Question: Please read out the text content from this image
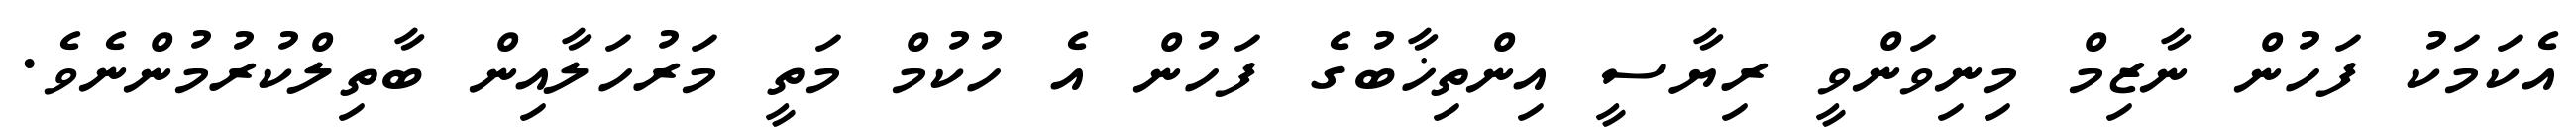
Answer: އެކަމަކު ފަހުން ނާޒިމް މިނިވަންވީ ރިޔާސީ އިންތިޚާބުގެ ފަހުން އެ ހުކުމް މަތީ މަރުހަލާއިން ބާތިލްކުރުމުންނެވެ.